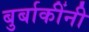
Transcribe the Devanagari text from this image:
बुर्बाकींनी